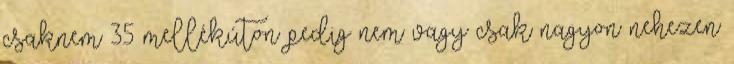
csaknem 35 mellékúton pedig nem vagy csak nagyon nehezen